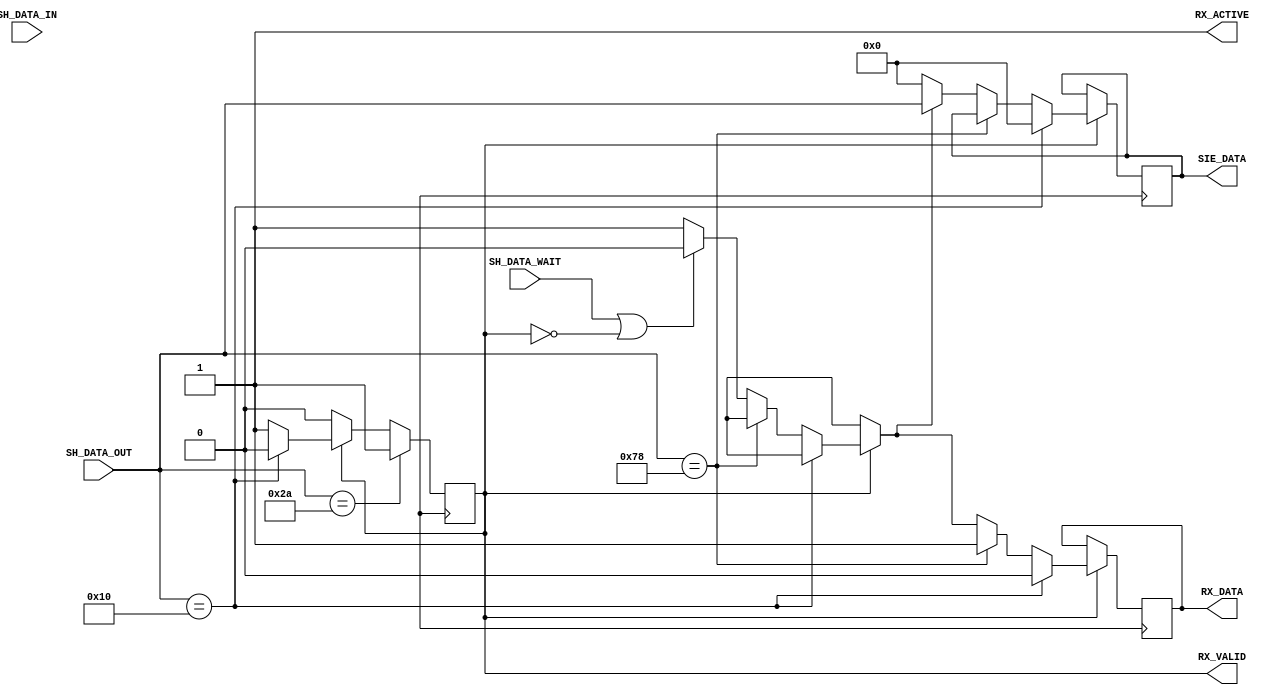
`timescale 10ns/1ps
module RX_SM(
  input SH_DATA_IN,
  input SH_DATA_WAIT,
  output reg RX_ACTIVE,
  output reg RX_VALID,
  output reg RX_DATA,
  input [7:0] SH_DATA_OUT,
  output reg [7:0] SIE_DATA);

reg clk_1, clk_8;
reg [7:0] SYNC, PID, EOP;
integer i;

initial begin
  SYNC = 8'b00101010;
  PID = 8'b01111000;
  EOP = 8'b00010000;
end

initial begin
  clk_1 = 1;
  clk_8 = 0;
  clk_8 = 1;
  i = 0;
  RX_ACTIVE = 0;
  RX_VALID = 0;
  RX_DATA = 0;
  SIE_DATA = 0;
end

always #1 clk_1 = ~clk_1;
always #8 clk_8 = ~clk_8;


initial begin
  #8 RX_ACTIVE = 1;
end
always @ ( posedge clk_1 ) begin
  if (RX_ACTIVE) begin
    if (RX_VALID) begin
      if (SH_DATA_OUT == EOP) begin
        RX_VALID = 0;
        RX_DATA = 0;
        SIE_DATA = 0;
        #16;
      end
      else if (SH_DATA_OUT == PID) begin
        RX_DATA = 1;
        #16;
      end
      else begin
        if (SH_DATA_WAIT | (!RX_VALID)) begin
          RX_DATA = 0;
        end
        else begin
          RX_DATA = 1;
        end

        if (RX_DATA) begin
          SIE_DATA = SH_DATA_OUT;
          #16;
        end
        else begin
          SIE_DATA = 0;
        end
      end
    end
    if (SH_DATA_OUT == SYNC) begin
      RX_VALID = 1;
      #16;
    end
  end
  else begin
    SIE_DATA = 0;
  end
end

endmodule